[Report on the health of British troops in the Madras command]
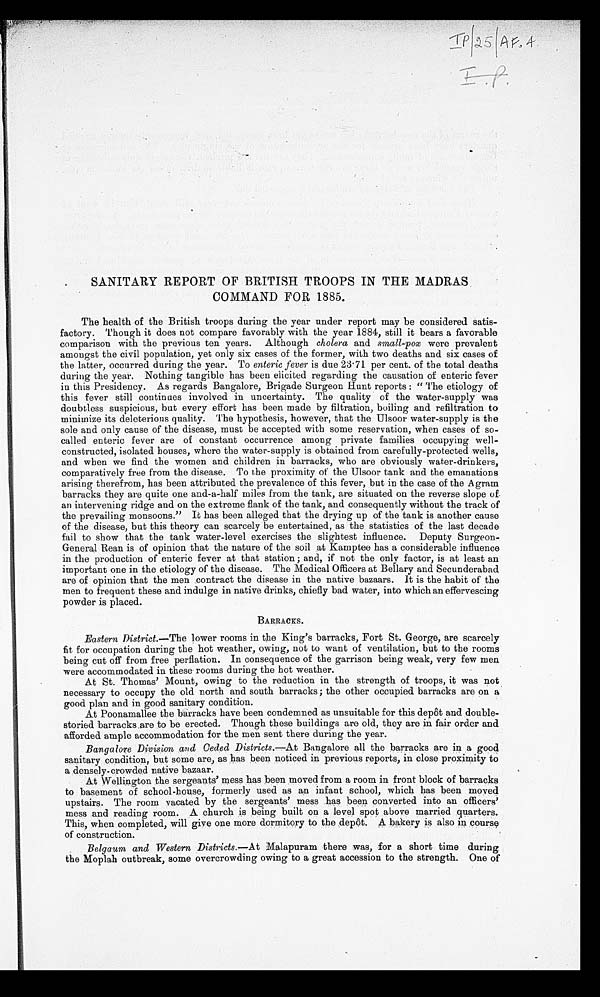
SANITARY REPORT OF BRITISH TROOPS IN THE MADRAS
COMMAND FOR 1885.
The health of the British troops during the year under report may be considered satis-
factory. Though it does not compare favorably with the year 1884, still it bears a favorable
comparison with the previous ten years. Although cholera and small-pox were prevalent
amongst the civil population, yet only six cases of the former, with two deaths and six cases of
the latter, occurred during the year. To enteric fever is due 23.71 per cent. of the total deaths
during the year. Nothing tangible has been elicited regarding the causation of enteric fever
in this Presidency. As regards Bangalore, Brigade Surgeon Hunt reports: "The etiology of
this fever still continues involved in uncertainty. The quality of the water-supply was
doubtless suspicious, but every effort has been made by filtration, boiling and refiltration to
minimize its deleterious quality. The hypothesis, however, that the Ulsoor water-supply is the
sole and only cause of the disease, must be accepted with some reservation, when cases of so-
called enteric fever are of constant occurrence among private families occupying well-
constructed, isolated houses, where the water-supply is obtained from carefully-protected wells,
and when we find the women and children in barracks, who are obviously water-drinkers,
comparatively free from the disease. To the proximity of the Ulsoor tank and the emanations
arising therefrom, has been attributed the prevalence of this fever, but in the case of the A gram
barracks they are quite one and-a-half miles from the tank, are situated on the reverse slope of.
an intervening ridge and on the extreme flank of the tank, and consequently without the track of
the prevailing monsoons." It has been alleged that the drying up of the tank is another cause
of the disease, but this theory can scarcely be entertained, as the statistics of the last decade
fail to show that the tank water-level exercises the slightest influence. Deputy Surgeon-
General Rean is of opinion that the nature of the soil at Kamptee has a considerable influence
in the production of enteric fever at that station and, if not the only factor, is at least an
important one in the etiology of the disease. The Medical Officers at Bellary and Secunderabad
are of opinion that the men contract the disease in the native bazaars. It is the habit of the
men to frequent these and indulge in native drinks, chiefly bad water, into which an effervescing
powder is placed.
BARRACKS.
Eastern District .—The lower rooms in the King's barracks, Fort St. George, are scarcely
fit for occupation during the hot weather, owing, not to want of ventilation, but to the rooms
being cut off from free perflation. In consequence of the garrison being weak, very few men
were accommodated in these rooms during the hot weather.
At St. Thomas' Mount, owing to the reduction in the strength of troops, it was not
necessary to occupy the old north and south barracks; the other occupied barracks are on a
good plan and in good sanitary condition.
At Poonamallee the barracks have been condemned as unsuitable for this depot and double-
storied barracks are to be erected. Though these buildings are old, they are in fair order and
afforded ample accommodation for the men sent there during the year.
Bangalore Division and Ceded Districts .—At Bangalore all the barracks are in a good
sanitary condition, but some are, as has been noticed in previous reports, in close proximity to
a densely-crowded native bazaar.
At Wellington the sergeants' mess has been moved from a room in front block of barracks
to basement of school-house, formerly used as an infant school, which has been moved
upstairs. The room vacated by the sergeants' mess has been converted into an officers'
mess and reading room. A church is being built on a level spot above married quarters.
This, when completed, will give one more dormitory to the depôt. A bakery is also in course
of construction.
Belgaum and Western Districts .—At Malapuram there was, for a short time during
the Moplah outbreak, some overcrowding owing to a great accession to the strength. One of